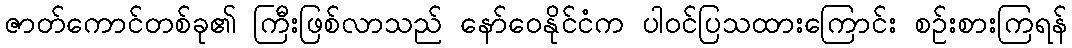
ဇာတ်ကောင်တစ်ခု၏ ကြီးဖြစ်လာသည် နော်ဝေနိုင်ငံက ပါဝင်ပြသထားကြောင်း စဉ်းစားကြရန်